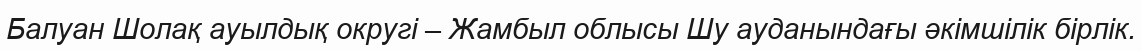
Балуан Шолақ ауылдық округі – Жамбыл облысы Шу ауданындағы әкімшілік бірлік.